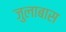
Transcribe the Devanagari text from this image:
जुलाबास